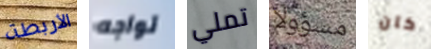
الأربطة تواجه تملي مسؤولا كان